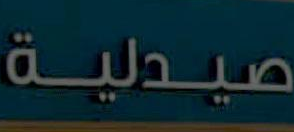
صيدلية